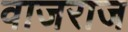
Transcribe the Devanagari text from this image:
वाजराज